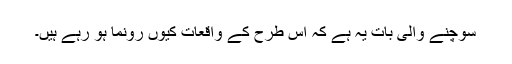
سوچنے والی بات یہ ہے کہ اس طرح کے واقعات کیوں رونما ہو رہے ہیں۔